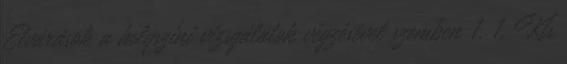
Elvárások a helyszíni vizsgálatok végzésével szemben 1. 1. Kis